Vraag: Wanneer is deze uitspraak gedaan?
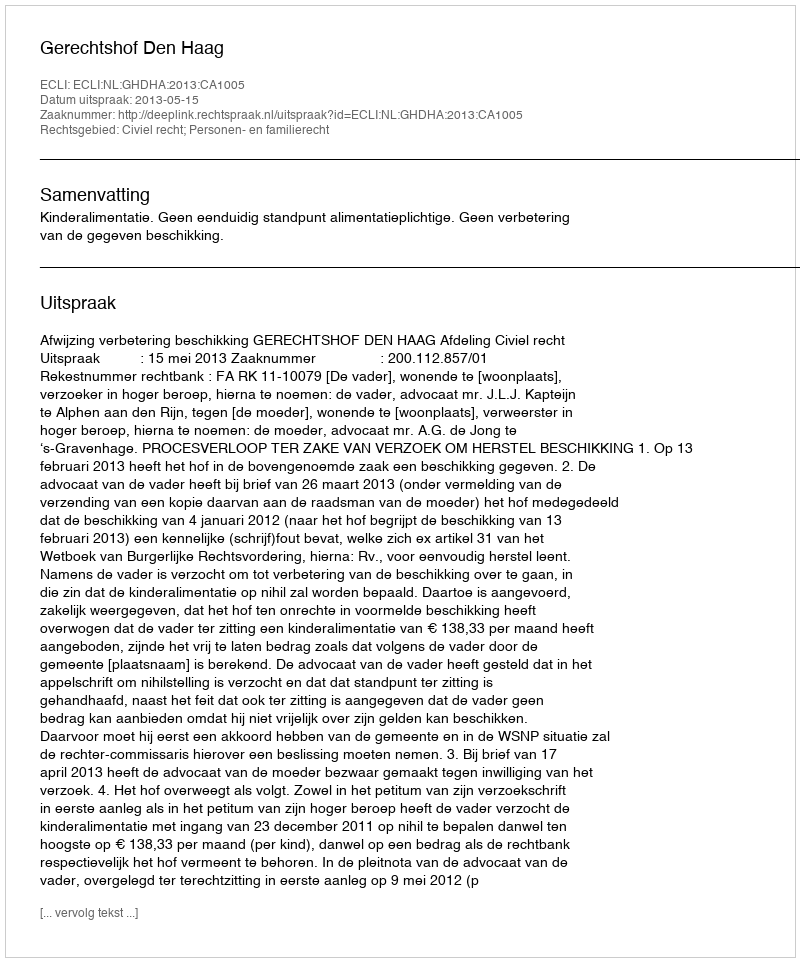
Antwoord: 2013-05-15